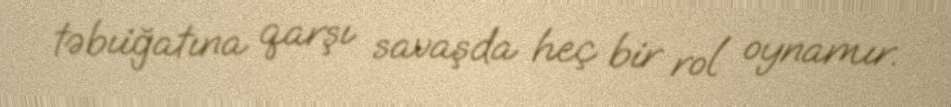
təbıiğatına qarşı savaşda heç bir rol oynamır.